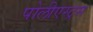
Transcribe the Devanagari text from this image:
पोलीएस्ट्रस